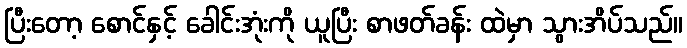
ပြီးတော့ စောင်နှင့် ခေါင်းအုံးကို ယူပြီး စာဖတ်ခန်း ထဲမှာ သွားအိပ်သည်။